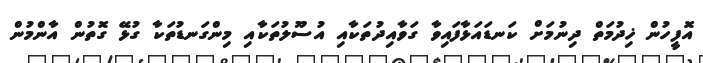
އޮފީހުން ޚިދުމަތް ދިނުމަށް ކަނޑައަޅާފައިވާ ގަވާއިދުތަކާއި އުސޫލުތަކާއި މިންގަނޑުތަކާ ގުޅޭ ގޮތުން އާންމުން